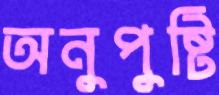
অনুপুষ্টি